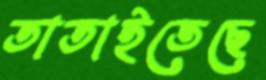
তাতাইতেছে